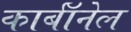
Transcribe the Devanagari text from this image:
कार्बाॅनेल